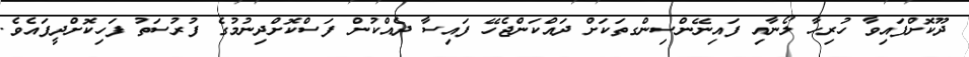
ދޫކޮށްފައިވާ ހުރިހާ ލޯނާއި ފައިނޭންސިންގތަކަށް ދައްކަންޖެހޭ ފައިސާ ދެއްކުން ފަސްކޮށްދިނުމުގެ ފުރުސަތު ފަހިކޮށްދީފައެވެ.